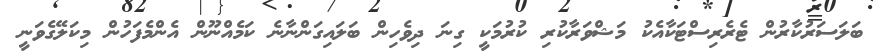
ބަލަސަރުކާރުން ޓެރެރިސްޓަކާއެކު މަޝްވަރާކުރި ކުރުމަކީ ގިނަ ދިވެހިން ބަލައިގަންނާނެ ކަމެއްނޫން އެންމެފަހުން މިކަލޭގެވަނީ